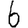
Digit: 6